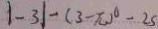
\vert - 3 \vert - ( 3 - \pi ) ^ { 0 } - 2 5